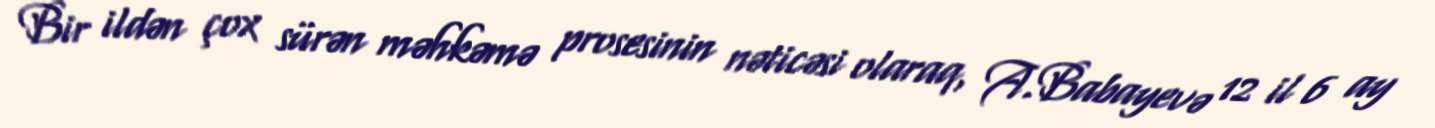
Bir ildən çox sürən məhkəmə prosesinin nəticəsi olaraq, A.Babayevə 12 il 6 ay